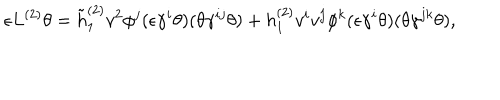
\epsilon L ^ { ( 2 ) } \theta = \tilde { h } _ { 1 } ^ { ( 2 ) } v ^ { 2 } \phi ^ { j } ( \epsilon \gamma ^ { i } \theta ) ( \theta \gamma ^ { i j } \theta ) + h _ { 1 } ^ { ( 2 ) } v ^ { i } v ^ { j } \phi ^ { k } ( \epsilon \gamma ^ { i } \theta ) ( \theta \gamma ^ { j k } \theta ) ,